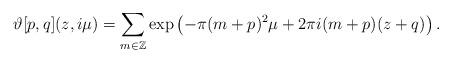
LaTeX: \begin{align*} \vartheta [p,q](z, i\mu )=\sum_{m\in {\mathbb Z}} \exp \left( -\pi (m+p)^2\mu + 2\pi i (m+p)(z+q)\right).\end{align*}